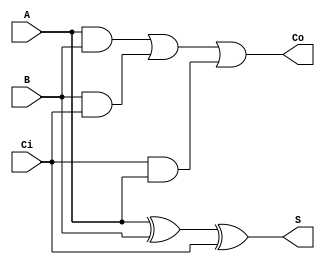
`timescale 1ns / 1ps
//////////////////////////////////////////////////////////////////////////////////
// Company: 
// Engineer: 
// 
// Design Name: 
// Module Name:    adder_1bit 
// Project Name: 
// Target Devices: 
// Tool versions: 
// Description: 
//
// Dependencies: 
//
// Revision: 
// Revision 0.01 - File Created
// Additional Comments: 
//
//////////////////////////////////////////////////////////////////////////////////
module adder_1bit(A,B,Ci,S,Co
    );
	input wire A,B,Ci;
	output wire S,Co;
	assign S=A^B^Ci;
	assign Co=A&B|B&Ci|Ci&A;
endmodule